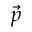
\vec { p }